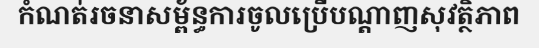
កំណត់រចនាសម្ព័ន្ធការចូលប្រើបណ្តាញសុវត្ថិភាព